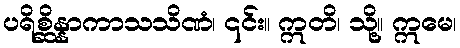
ပရိစ္ဆိန္နာကာသသိဏံ၊ ၎င်း။ ဣတိ၊ သို့။ ဣမေ၊